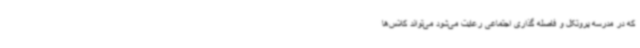
که در مدرسه پروتکل و فاصله گذاری اجتماعی رعایت می‌شود می‌تواند کلاس‌ها